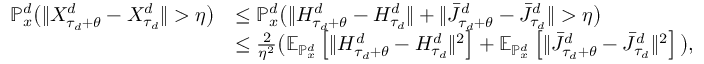
\begin{array} { r l } { \mathbb { P } _ { x } ^ { d } \big ( \| X _ { \tau _ { d } + \theta } ^ { d } - X _ { \tau _ { d } } ^ { d } \| > \eta \big ) } & { \leq \mathbb { P } _ { x } ^ { d } \big ( \| H _ { \tau _ { d } + \theta } ^ { d } - H _ { \tau _ { d } } ^ { d } \| + \| \bar { J } _ { \tau _ { d } + \theta } ^ { d } - \bar { J } _ { \tau _ { d } } ^ { d } \| > \eta \big ) } \\ & { \leq \frac { 2 } { \eta ^ { 2 } } \big ( \mathbb { E } _ { \mathbb { P } _ { x } ^ { d } } \left[ \| H _ { \tau _ { d } + \theta } ^ { d } - H _ { \tau _ { d } } ^ { d } \| ^ { 2 } \right] + \mathbb { E } _ { \mathbb { P } _ { x } ^ { d } } \left[ \| \bar { J } _ { \tau _ { d } + \theta } ^ { d } - \bar { J } _ { \tau _ { d } } ^ { d } \| ^ { 2 } \right] \big ) , } \end{array}